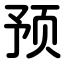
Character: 预